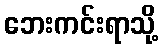
ဘေးကင်းရာသို့